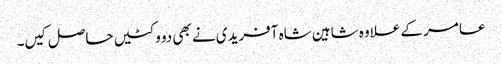
عامر کے علاوہ شاہین شاہ آفریدی نے بھی دو وکٹیں حاصل کیں۔